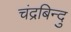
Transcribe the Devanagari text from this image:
चंद्रबिन्दु